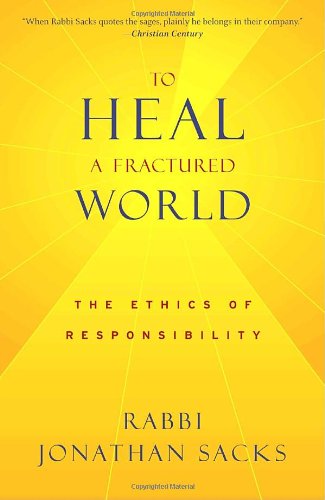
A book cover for To Heal a Fractured World: The Ethics of Responsibility; Jonathan Sacks; Religion & Spirituality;